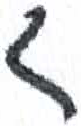
אות: ג